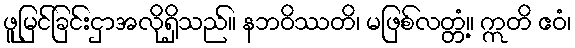
ဖူမြင်ခြင်းငှာအလိုရှိသည်။ နဘဝိဿတိ၊ မဖြစ်လတ္တံ့။ ဣတိ ဧဝံ၊